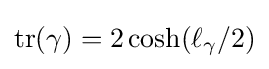
\operatorname {tr} (\gamma )=2\cosh(\ell _{\gamma }/2)